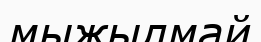
мыжылмай